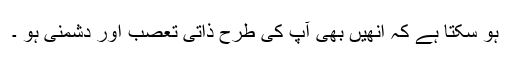
ہو سکتا ہے کہ انھیں بھی آپ کی طرح ذاتی تعصب اور دشمنی ہو ۔